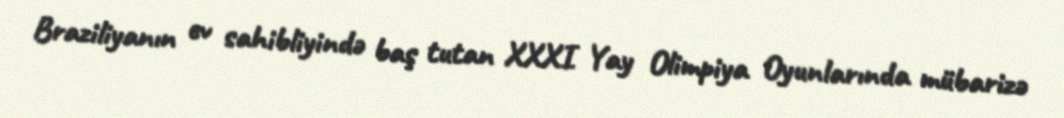
Braziliyanın ev sahibliyində baş tutan XXXI Yay Olimpiya Oyunlarında mübarizə